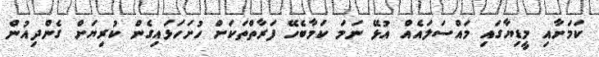
ކަމަށާއި މީޑިޔާގައި މައްސަލައެއް އުޅޭ ނަމަ ކަމާބެހޭ ފަރާތްތަކަށް ހުށަހަޅައިގެން ކުރިޔަށް ގެންދިއުން